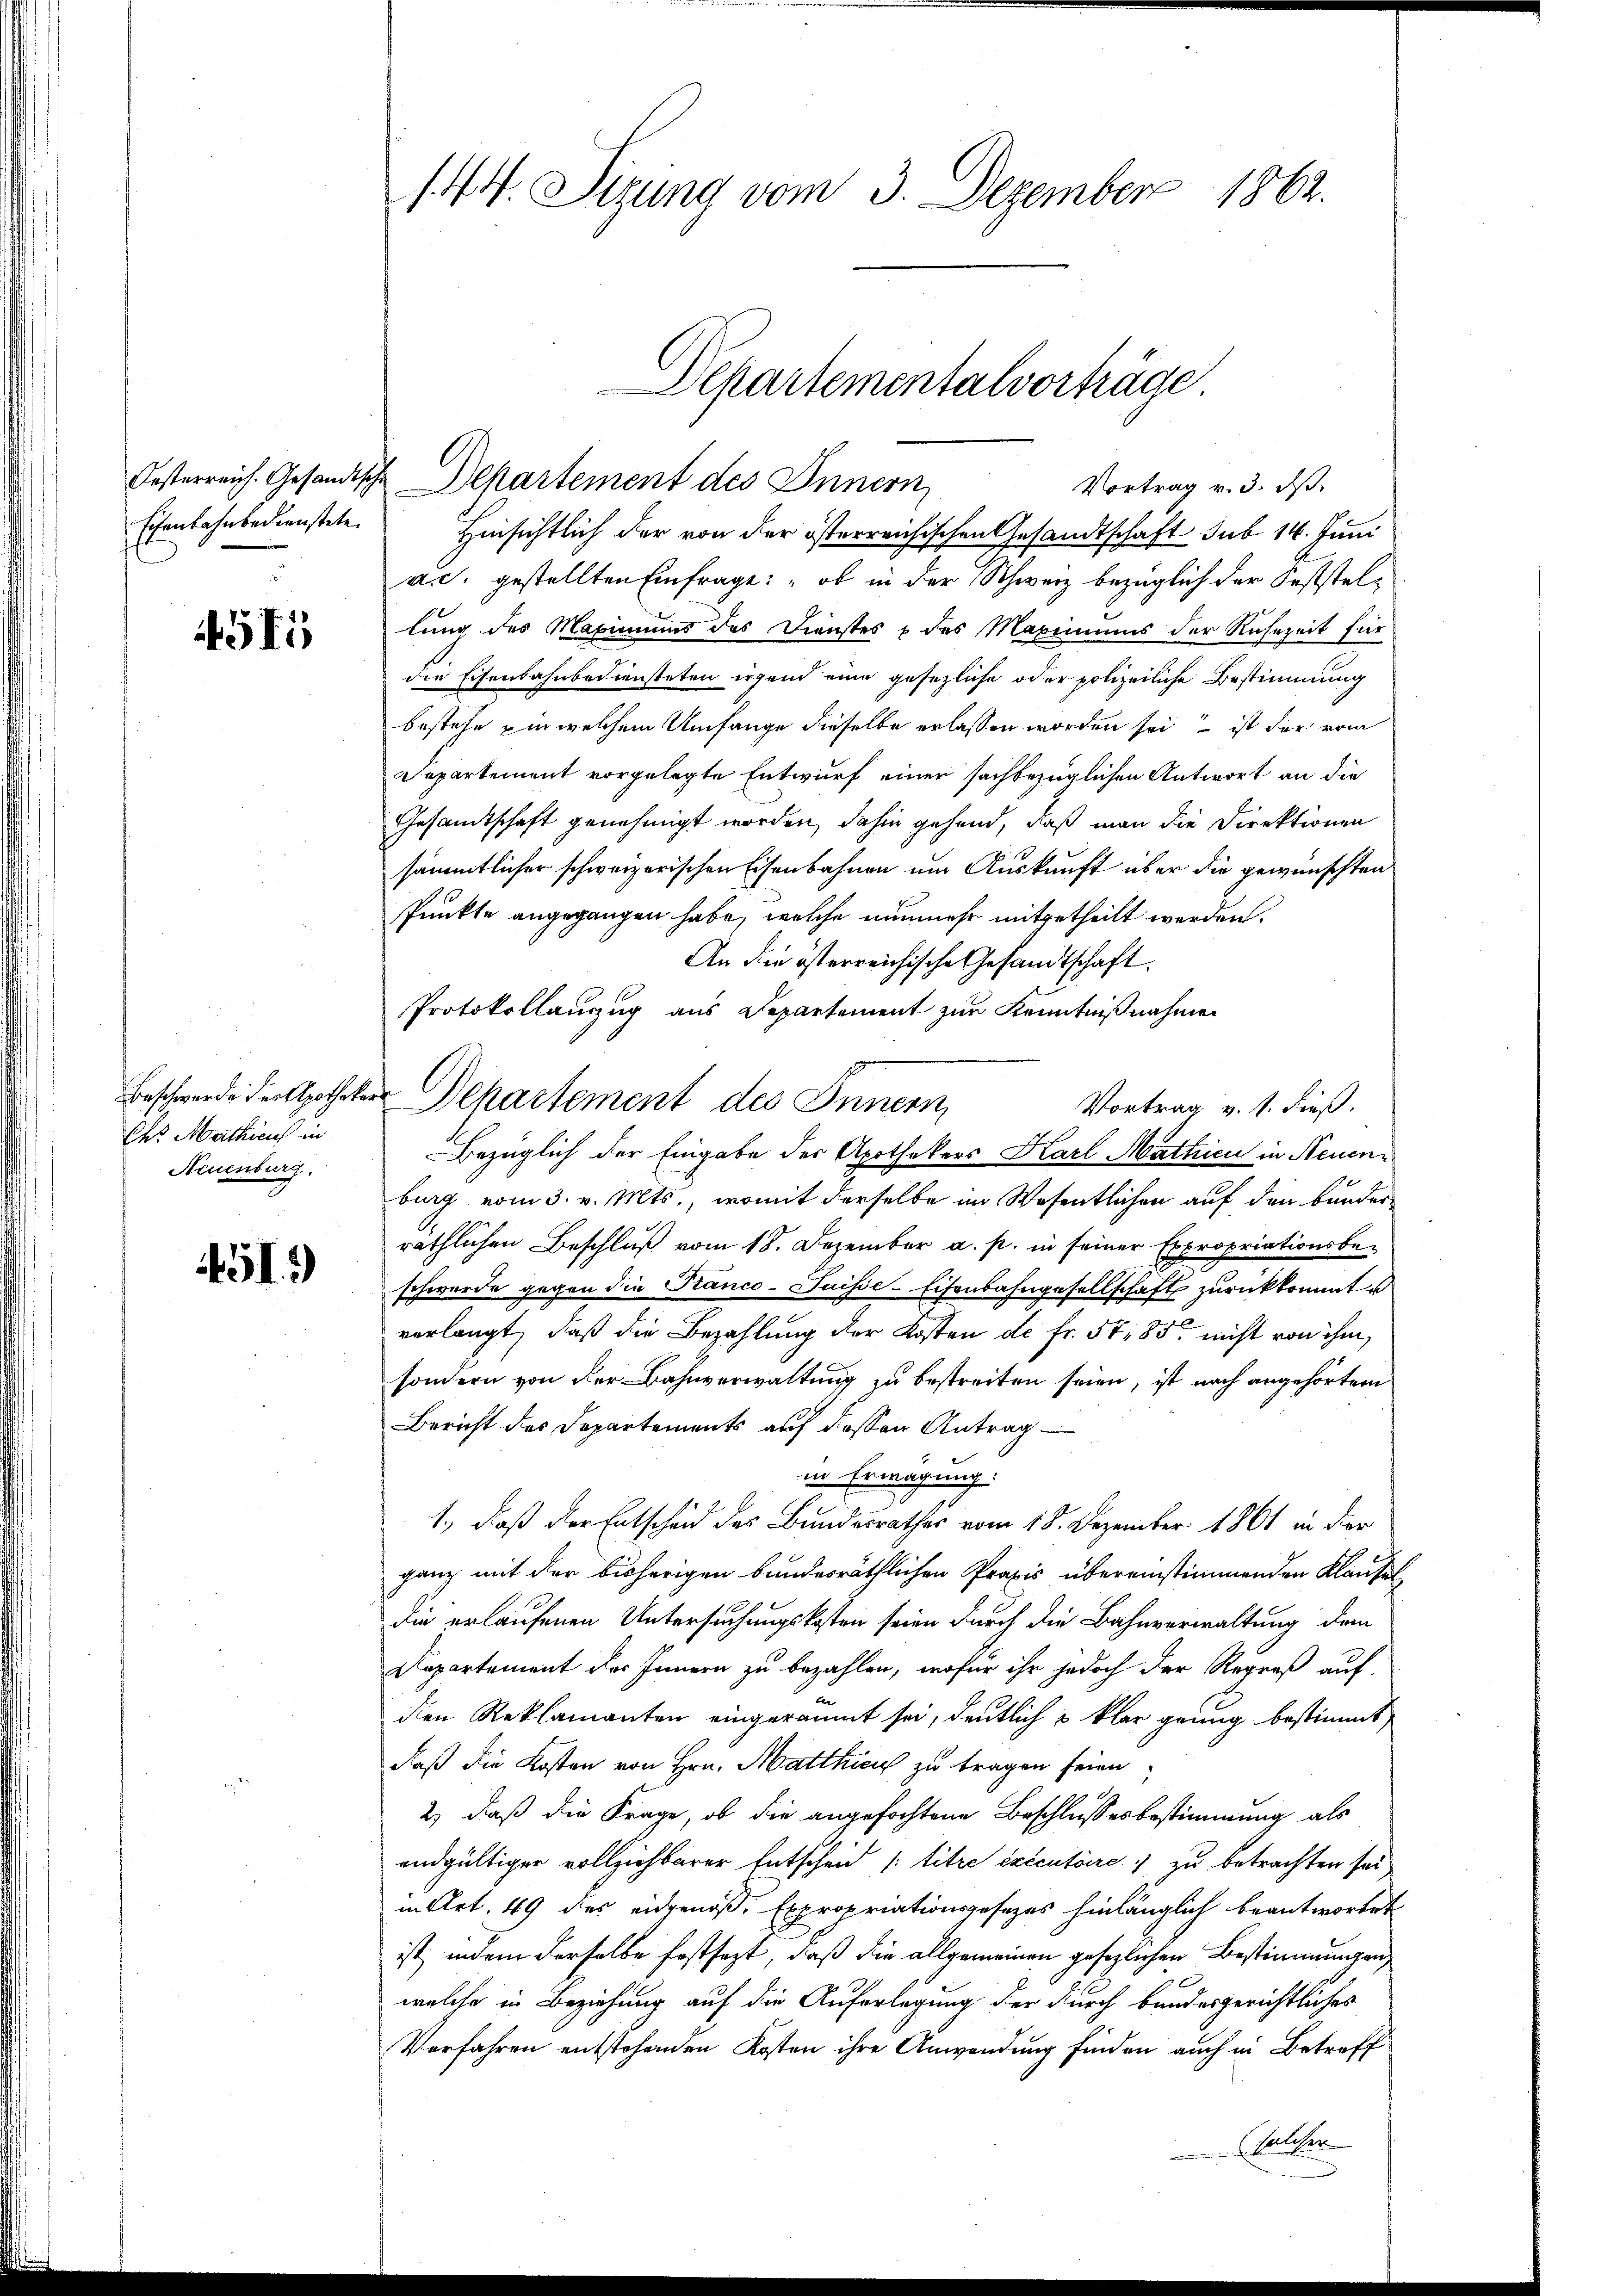
Eisenbahnbedienstete.

55

Beschwerde des Apothekar
Ces Mathius in
Neuenburg.

451)

144. Sigung vom 3. Dezember 1862.

Hinsichtlich der von der österreichischen Gesandtschaft sub 14. Juni
a. c. gestellten Einfrage: „ob in der Schweiz bezüglich der Feststellung des Maximums des Dienstes & des Maximums der Ruhezeit für
die Eisenbahnbediensteten irgend eine gesezliche oder polizeiliche Bestimmung
bestehe in welchem Umfange dieselbe erlassen worden sei ist der vom
Departement vorgelegte Entwurf einer sachbezüglichen Antwort an die
Gesamtschaft genehmigt worden, dahin gehend, daß man die Direktionen
sämmtlicher schweizerischen Eisenbahnen um Auskunft über die gewünschten
Punkte angegangen habe, welche nunmehr mitgetheilt werden.
An die österreichische Gesandtschaft.
Vortrag v. 1. dieß.
burg vom 3. v. Mts., womit derselbe im Wesentlichen auf den Bunder
räthlichen Beschluß vom 18. Dezember a. p. in seiner Expropriationsbeschwerde gegen die Tranco-Suisse-Eisenbahngesellschaft zurückkommt u
verlangt, daß die Bezahlung der Kosten de fr. 5785 nicht von ihm,
sondern von der Bahnverwaltung zu bestreiten seien, ist nach angehörtem
Bericht des Departements auf dessen Antragin Erwägung:
1., daß der Entscheid des Bundesrathes vom 18. Dezember 1861 in der
ganz mit der bisherigen bundesräthlichen Praxis übereinstimmenden Klausel
die erlaufenen Untersuchungskosten seien durch die Bahnverwaltung dem
Departement des Innern zu bezahlen, wofür ihr jedoch der Regreß auf
den Reklamanten eingeräumt sei, deutlich 3 klar geinig bestimmt
daß die Kosten von Hrn. Matthicus zu tragen seien,
2) daß die Frage, ob die angefochtene Beschlussesbestimmung als
endgültiger vollziehbarer Entschend /: titre exécutoire zu betrachten sei
in Art. 49 des eidgenoß, Expropriationsgesezes hinlänglich beantwortet
ist, indem derselbe festsezt, daß die allgemeinen gesezlichen Bestimmungen
welche in Beziehung auf die Auferlegung der durch bundesgerichtliches
Verfahren entstehenden Kosten ihre Anwendung finden auch in Betreff
Kalcher

Oesterreich. Gesandische Departement des Innern,

Departementalvorträge
Vortrag v. 3. ds.

Protokollanzug aus Departement zur Kenntnißnahmen
Dchartement des Innern
Bezüglich der Eingabe der Apothekers Karl Mathien in Neuen¬